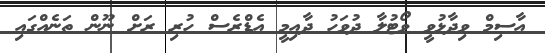
އާސިމް ވިދާޅުވީ ވޯޓުލާ ދުވަހު ދާއިމީ އެޑްރެސް ހުރި ރަށް ނޫން ތަނެއްގައި